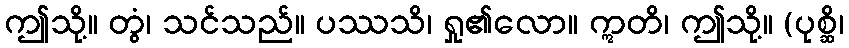
ဤသို့။ တွံ၊ သင်သည်။ ပဿသိ၊ ရှု၏လော။ ဣတိ၊ ဤသို့။ (ပုစ္ဆိ၊